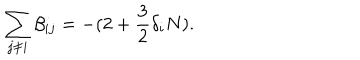
\sum _ { j \neq i } \beta _ { i j } = - ( 2 + \frac { 3 } { 2 } \delta _ { i } N ) .